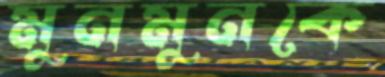
মুনমুনকে